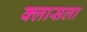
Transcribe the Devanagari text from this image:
क्लासला